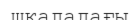
шкаладағы